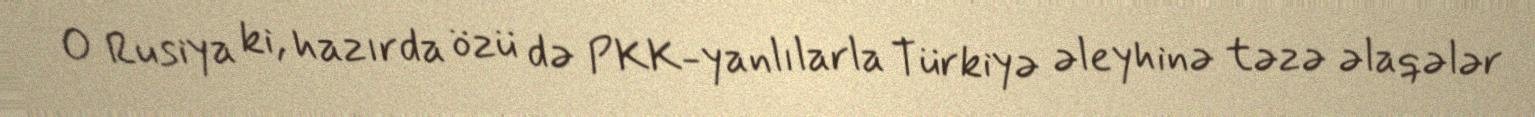
O Rusiya ki, hazırda özü də PKK-yanlılarla Türkiyə əleyhinə təzə əlaqələr